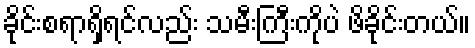
ခိုင်းစရာရှိရင်လည်း သမီးကြီးကိုပဲ ဖိခိုင်းတယ်။